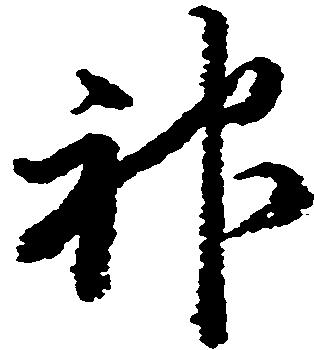
神